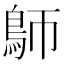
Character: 𩿐